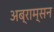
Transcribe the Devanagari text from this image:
अब्राम्सन